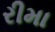
રીમા